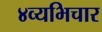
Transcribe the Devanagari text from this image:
४व्यभिचार